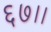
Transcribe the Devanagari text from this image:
६७।।